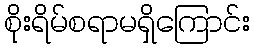
စိုးရိမ်စရာမရှိကြောင်း